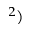
^ 2 )